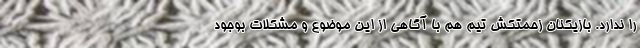
را ندارد. بازیکنان زحمتکش تیم هم با آگاهی از این موضوع و مشکلات بوجود